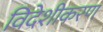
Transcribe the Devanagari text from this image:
विदेशीकरण